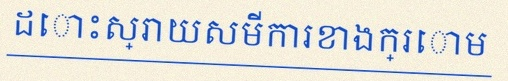
ដោះស្រាយសមីការខាងក្រោម